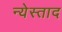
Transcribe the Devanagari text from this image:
न्येस्ताद